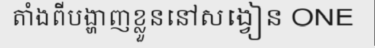
តាំងពីបង្ហាញខ្លួននៅសង្វៀន ONE